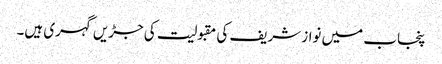
پنجاب میں نواز شریف کی مقبولیت کی جڑیں گہری ہیں۔